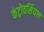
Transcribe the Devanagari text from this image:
कंट्रोवर्सियल